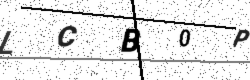
Text: LCB0P